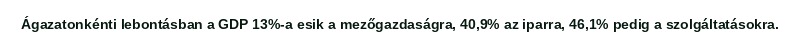
Ágazatonkénti lebontásban a GDP 13%-a esik a mezőgazdaságra, 40,9% az iparra, 46,1% pedig a szolgáltatásokra.